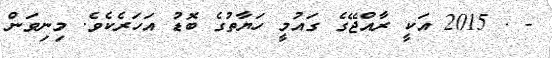
- . 2015 އަކީ ރާއްޖޭގެ ގައުމީ ހަޔާތުގެ ބޮޑު އަހަރެކެވެ. މިނިވަން